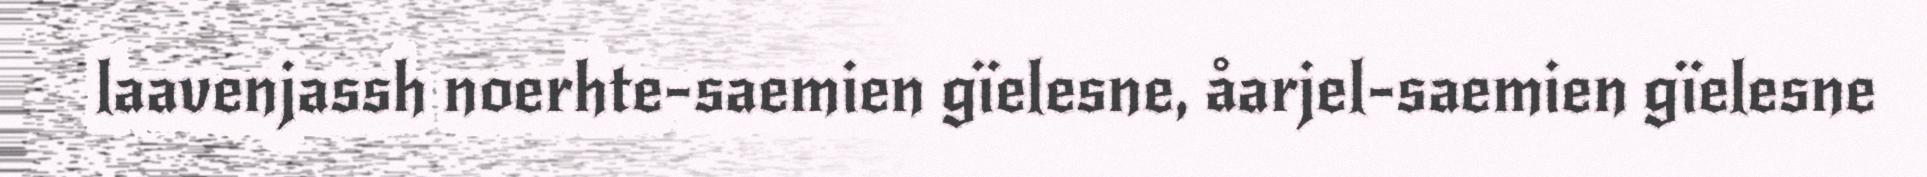
laavenjassh noerhte-saemien gïelesne, åarjel-saemien gïelesne